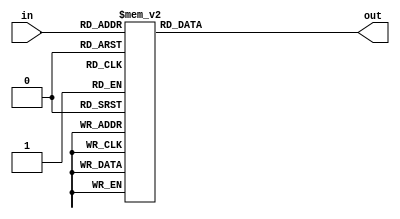

module decoder(
	output reg [15:0] out,
	input [3:0] in
);

always@(*)
	begin
	case(in)
		4'b0000 : out = 16'b0000000000000001;
		4'b0001 : out = 16'b0000000000000010;
		4'b0010 : out = 16'b0000000000000100;
		4'b0011 : out = 16'b0000000000001000;
		4'b0100 : out = 16'b0000000000010000;
		4'b0101 : out = 16'b0000000000100000;
		4'b0110 : out = 16'b0000000001000000;
		4'b0111 : out = 16'b0000000010000000;
		4'b1000 : out = 16'b0000000100000000;
		4'b1001 : out = 16'b0000001000000000;
		4'b1010 : out = 16'b0000010000000000;
		4'b1011 : out = 16'b0000100000000000;
		4'b1100 : out = 16'b0001000000000000;
		4'b1101 : out = 16'b0010000000000000;
		4'b1110 : out = 16'b0100000000000000;
		4'b1111 : out = 16'b1000000000000000;
		default : out = 16'bx;
	endcase
	end
endmodule
	
module decoder2to4(
	output reg [3:0] out,
	input [1:0] in
);

always@(*)
	begin
	case(in)
		2'b00 : out = 4'b0001;
		2'b01 : out = 4'b0010;
		2'b10 : out = 4'b0100;
		2'b11 : out = 4'b1000;
		default : out = 4'bx;
	endcase
	end
endmodule